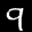
Label: 9